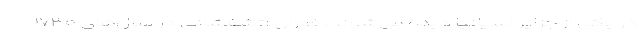
در یکی از جزایر اسپانیا دیده می‌شوند. فوران آتشفشانی در سال‌های ۱۷۳۰